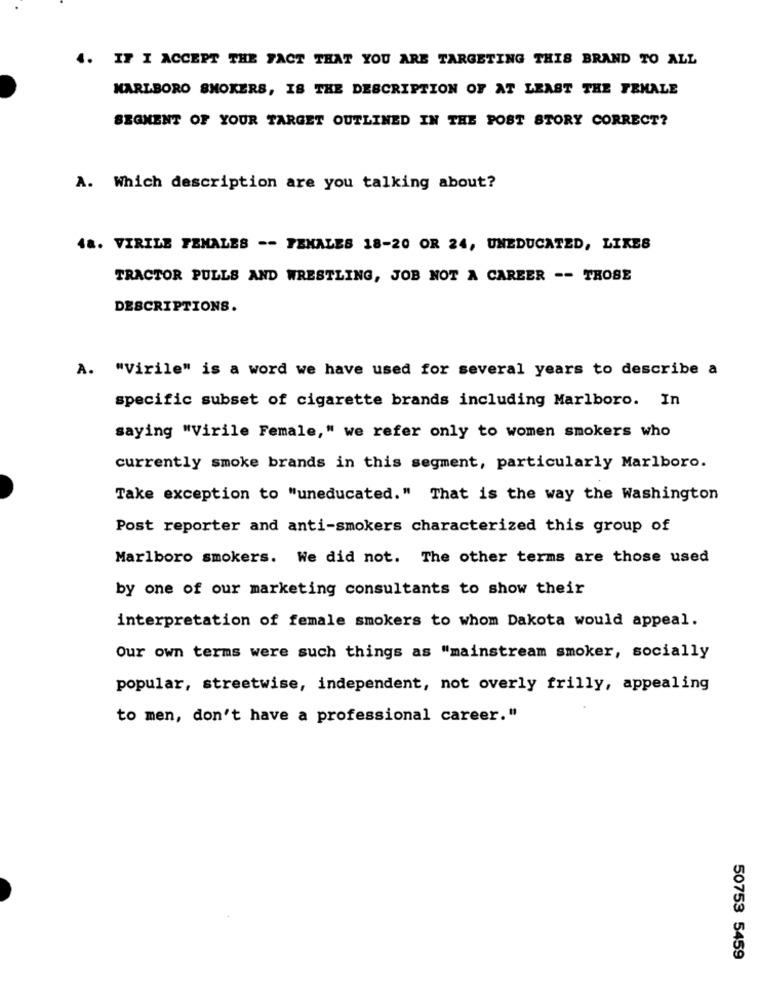
4.
IF I ACCEPT THE FACT THAT YOU ARE TARGETING THIS BRAND TO ALL
MARLBORO SMOKERS, IS THE DESCRIPTION OF AT LEAST THE FEMALE
SEGMENT OF YOUR TARGET OUTLINED IN THE POST STORY CORRECT?
A. Which description are you talking about?
48. VIRILE FEMALES -- PENALES 18-20 OR 24, UNEDUCATED, LIKES
TRACTOR PULLS AND WRESTLING, JOB NOT A CAREER -- TROSE
DESCRIPTIONS.
A. "Virile" is a word we have used for several years to describe a
specific subset of cigarette brands including Marlboro. In
saying "Virile Female," we refer only to women smokers who
currently smoke brands in this segment, particularly Marlboro.
Take exception to "uneducated." That is the way the Washington
Post reporter and anti-smokers characterized this group of
Marlboro smokers. We did not. The other terms are those used
by one of our marketing consultants to show their
interpretation of female smokers to whom Dakota would appeal.
Our own terms were such things as "mainstream smoker, socially
popular, streetwise, independent, not overly frilly, appealing
to men, don't have a professional career."
50753 5459